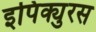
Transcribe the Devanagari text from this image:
इपिक्युरस